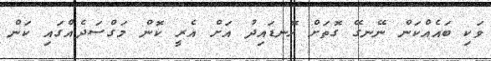
ވަކި ބައެއްކަން ނޭނގޭ ގޮތަށް ހޮނޑައިދު އަށް އެރީ ކޮން މަގްސަދެއްގައި ކަން